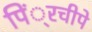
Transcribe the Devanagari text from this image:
पिं्रचीपे